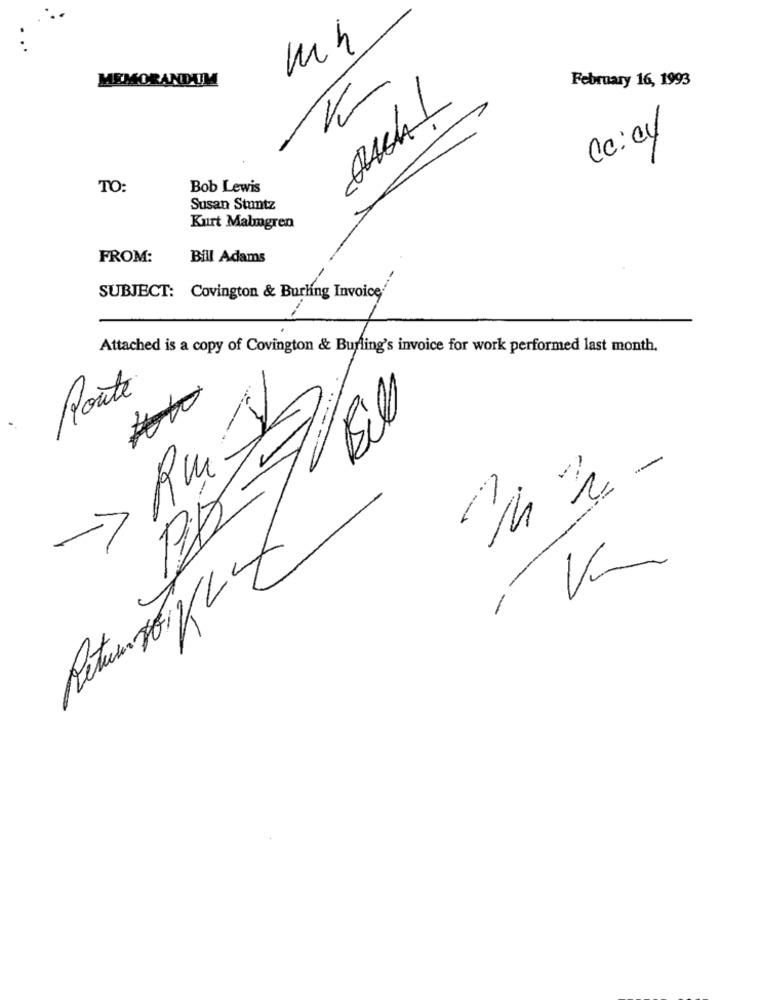
mh
MEMORANDUM
February 16, 1993
Cc:04
TO:
Bob Lewis
Susan Stuntz
Kurt Malmgren
FROM:
Bill Adams
SUBJECT: Covington & Burling Invoice
Attached is a copy of Covington & Burling's invoice for work performed last month.
Route
==
Ru
>>
->
V-
-